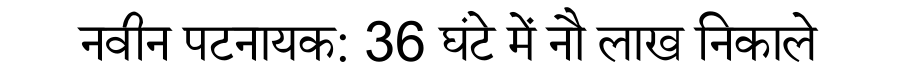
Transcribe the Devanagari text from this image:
नवीन पटनायक: 36 घंटे में नौ लाख निकाले